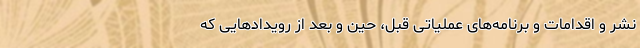
نشر و اقدامات و برنامه‌های عملیاتی قبل، حین و بعد از رویدادهایی که